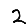
Digit: 2